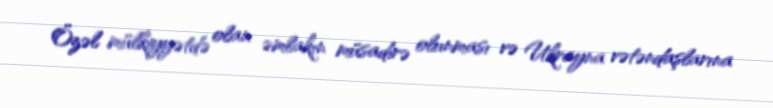
Özəl mülkiyyətdə olan əmlakın müsadirə olunması və Ukrayna vətəndaşlarına